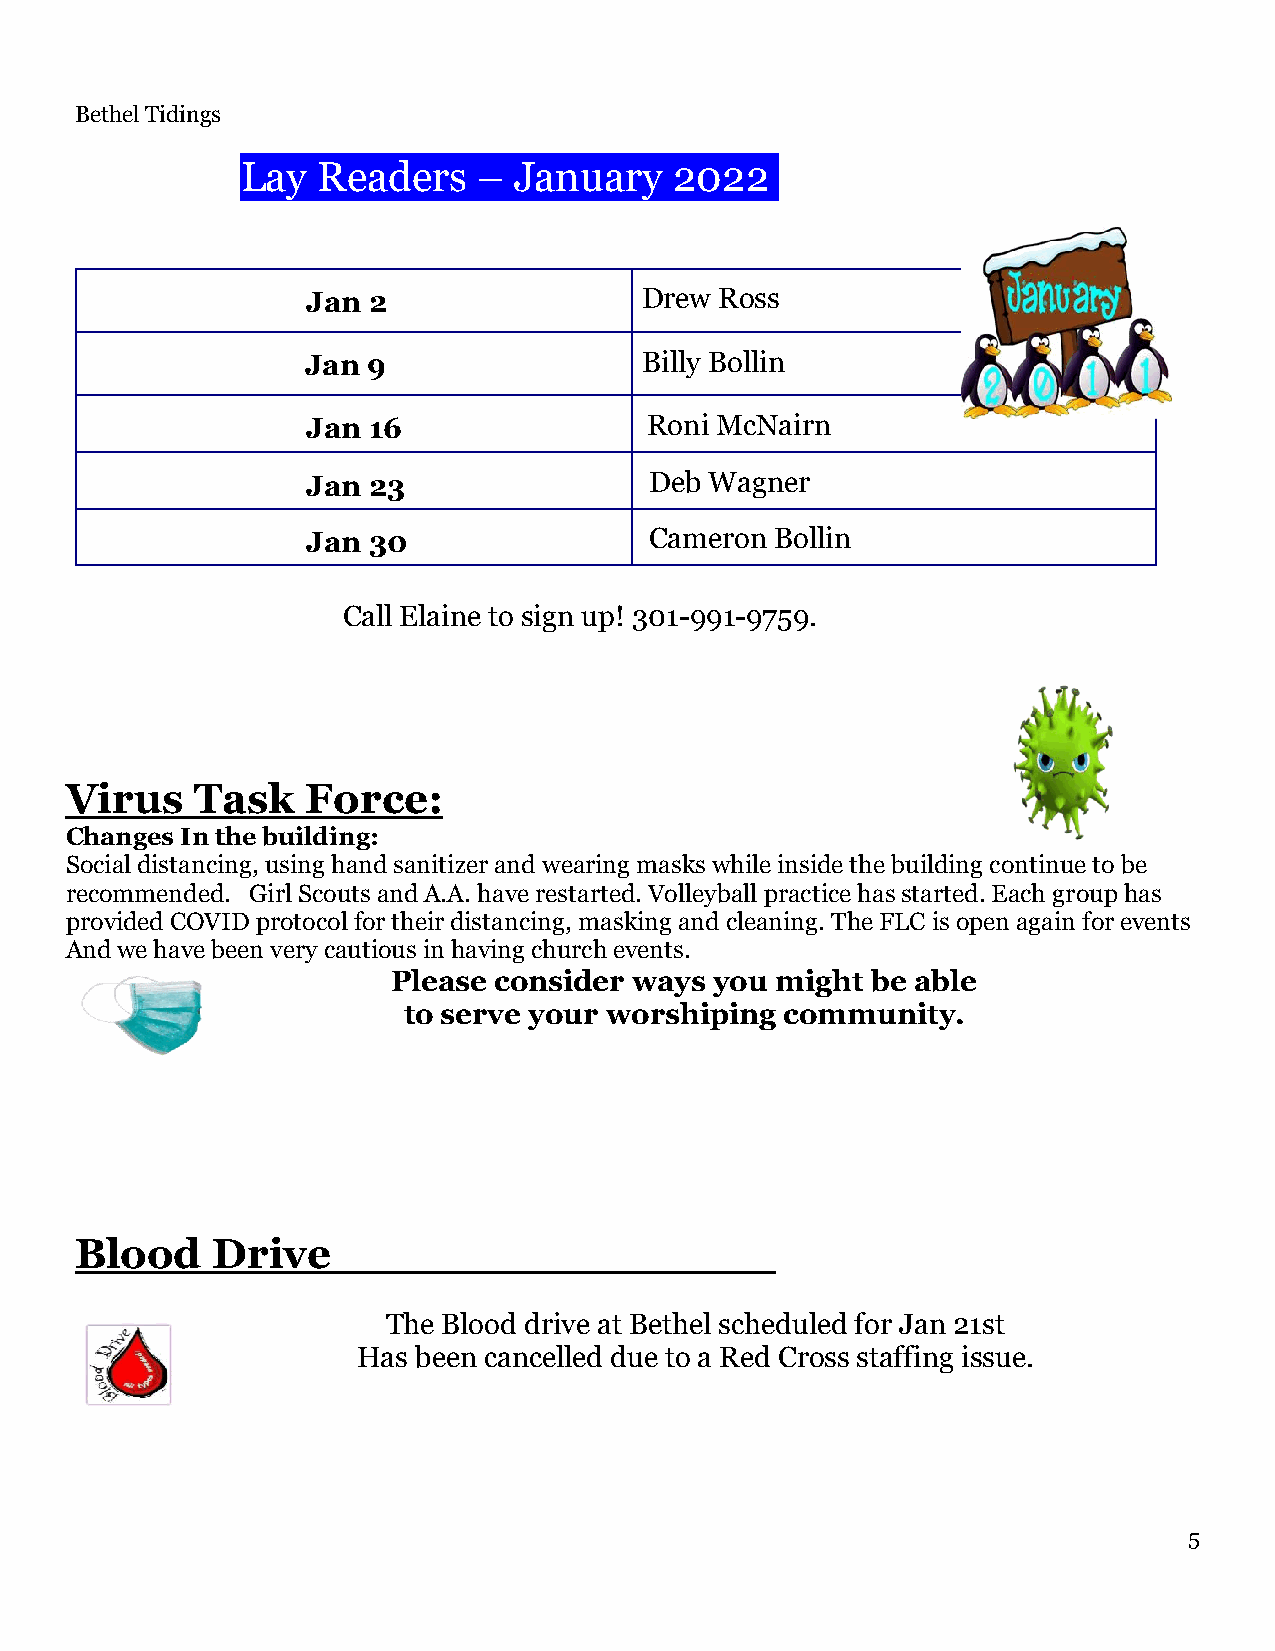
Bethel Tidings
 Lay  Readers    – January    2022   January   2022
 Jan 2                 Drew  Ross
 Jan 9                 Billy Bollin
 Jan 16                 Roni McNairn
 Jan 23                 Deb Wagner
 Jan 30                 Cameron Bollin
 Call Elaine to sign up! 301-991-9759.
 Virus    Task   Force:
 Changes In the building:
 Social distancing, using hand sanitizer and wearing masks while inside the building continue to be
 recommended. Girl Scouts and A.A. have restarted. Volleyball practice has started. Each group has
 provided COVID protocol for their distancing, masking and cleaning. The FLC is open again for events
 And we have been very cautious in having church events.
 Please consider ways you might  be able
 to serve your worshiping community.
 Blood    Drive
 The Blood drive at Bethel scheduled for Jan 21st
 Has been cancelled due to a Red Cross staffing issue.
 5